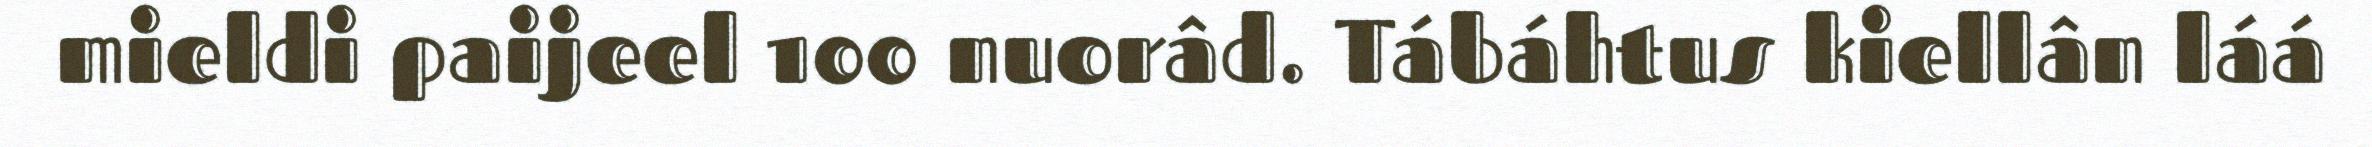
mieldi paijeel 100 nuorâd. Tábáhtus kiellân láá